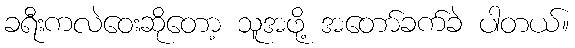
ခရီးကလဲဝေးဆိုတော့ သူအဖို့ အတော်ခက်ခဲ ပါတယ်။